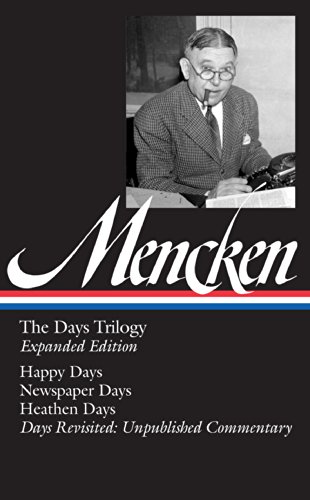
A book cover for H. L. Mencken: the Days Trilogy, Expanded Edition: (Library of America #257); H. L. Mencken; Biographies & Memoirs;